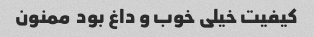
کیفیت خیلی خوب و داغ بود ‌ ممنون